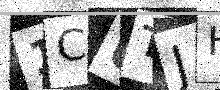
Text: 1CUTJH